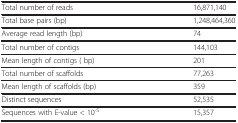
<table><thead><tr><td><b>Total number of reads</b></td><td><b>16,871,140</b></td></tr></thead><tbody><tr><td>Total base pairs (bp)</td><td>1,248,464,360</td></tr><tr><td>Average read length (bp)</td><td>74</td></tr><tr><td>Total number of contigs</td><td>144,103</td></tr><tr><td>Mean length of contigs ( bp)</td><td>201</td></tr><tr><td>Total number of scaffolds</td><td>77,263</td></tr><tr><td>Mean length of scaffolds (bp)</td><td>359</td></tr><tr><td>Distinct sequences</td><td>52,535</td></tr><tr><td>Sequences with E-value &lt; 10<sup>-5</sup></td><td>15,357</td></tr></tbody></table>